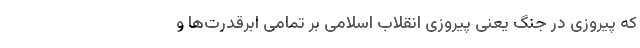
که پیروزی در جنگ یعنی پیروزی انقلاب اسلامی بر تمامی ابرقدرت‌ها و